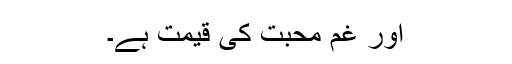
اور غم محبت کی قیمت ہے۔